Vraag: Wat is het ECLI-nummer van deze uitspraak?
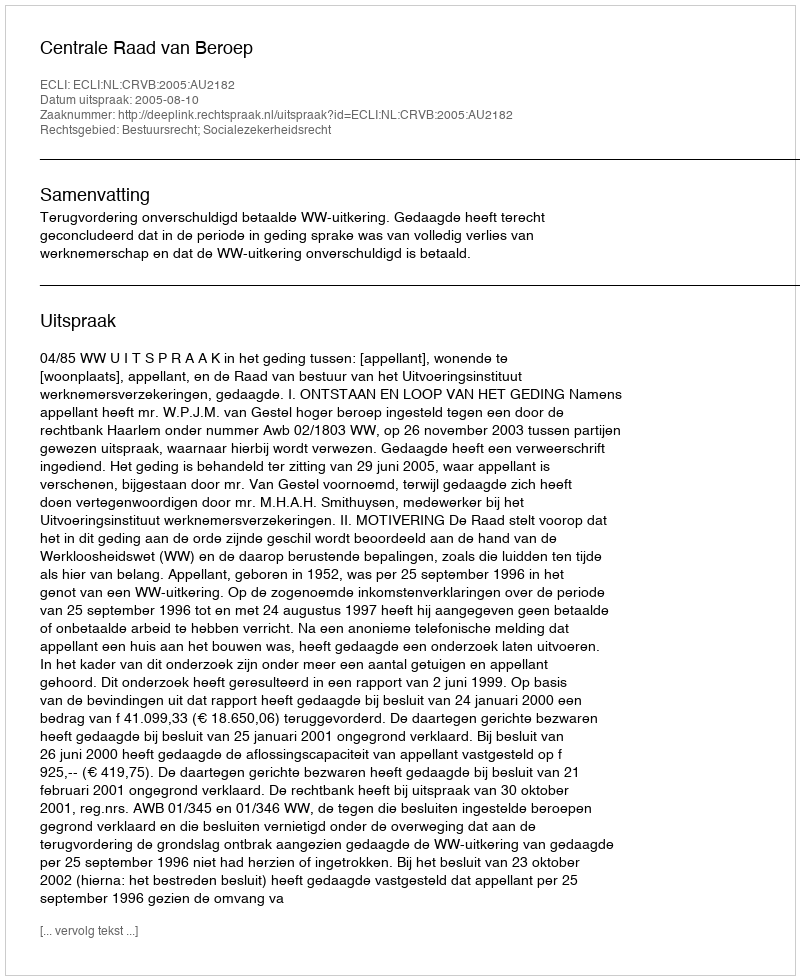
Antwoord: ECLI:NL:CRVB:2005:AU2182